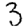
Digit: 3